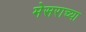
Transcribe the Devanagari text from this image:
मेसराच्या